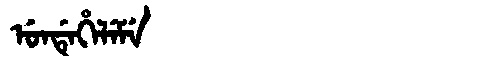
Manchu: ᡠᠨᡩᡝᡥᡝᠯᡝᠮᡝ
Romanization: UNDEHELEME